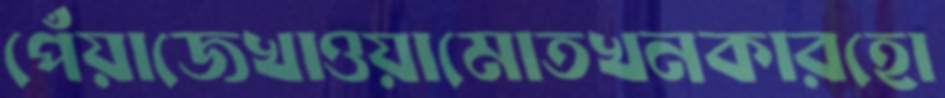
পেঁয়াজেখাওয়ামোতখনকারহো